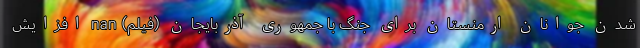
شدن جوانان ارمنستان برای جنگ با جمهوری آذربایجان (فیلم) nan افزایش